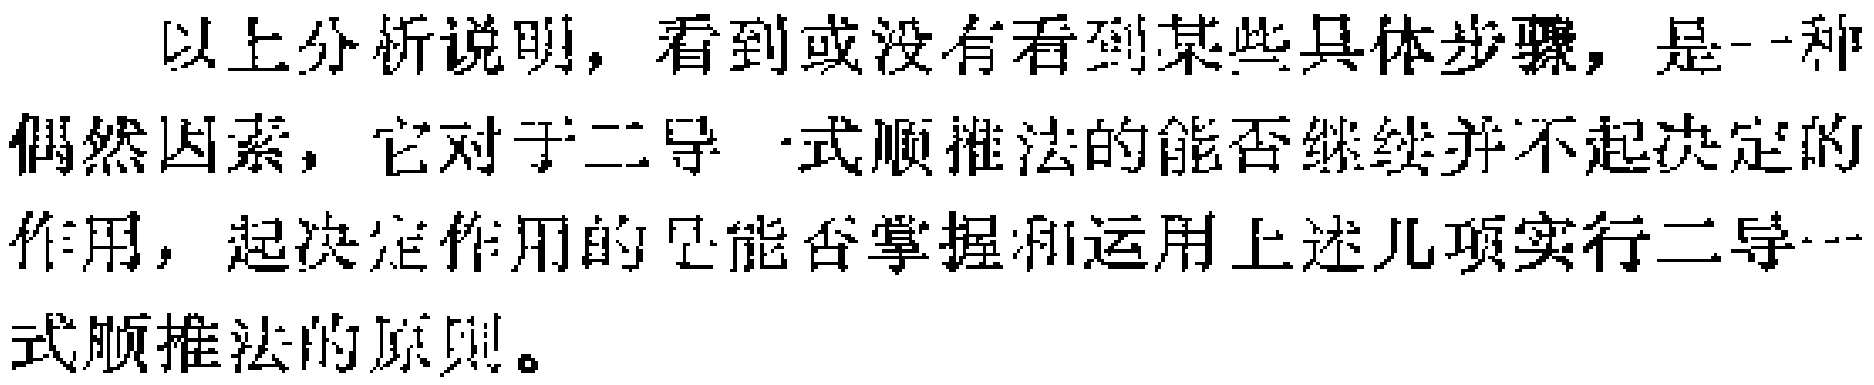
以上分析说明，看到或没有看到某些具体步骤，是一种偶然因素，它对于二导一式顺推法的能否继续并不起决定的作用，起决定作用的是能否掌握和运用上述几项实行二导一式顺推法的原则。